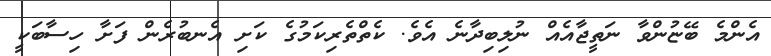
އެންމެ ބޭޏުންވާ ނަތީޖާއެއް ނުލިބިދާނެ އެވެ. ކެތްތެރިކަމުގެ ކަށި އެނބުރެން ފަށާ ހިސާބަކީ